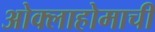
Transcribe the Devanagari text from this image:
ओक्लाहोमाची